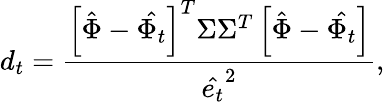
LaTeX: d_{t}=\frac{\left[\hat{\Phi}-\hat{\Phi_{t}}\right]^{T}\Sigma\Sigma^{T}\left[\hat{\Phi}-\hat{\Phi_{t}}\right]}{\hat{e_{t}}^{2}},